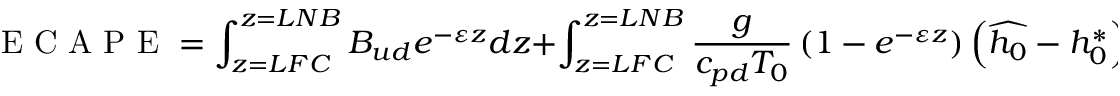
\mathrm { ~ E ~ C ~ A ~ P ~ E ~ } = \int _ { z = L F C } ^ { z = L N B } B _ { u d } e ^ { - \varepsilon z } d z + \int _ { z = L F C } ^ { z = L N B } \frac { g } { c _ { p d } T _ { 0 } } \left( 1 - e ^ { - \varepsilon z } \right) \left( \widehat { h _ { 0 } } - h _ { 0 } ^ { * } \right) d z .